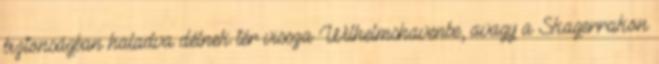
biztonságban haladva délnek tér vissza Wilhelmshavenbe, avagy a Skagerrakon